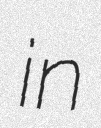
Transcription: in